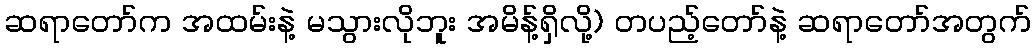
ဆရာတော်က အထမ်းနဲ့ မသွားလိုဘူး အမိန့်ရှိလို့) တပည့်တော်နဲ့ ဆရာတော်အတွက်